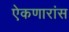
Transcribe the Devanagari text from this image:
ऐकणारांस